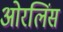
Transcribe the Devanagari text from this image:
ओरलिंस